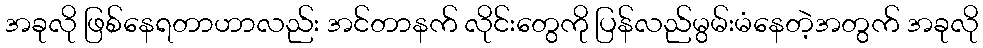
အခုလို ဖြစ်နေရတာဟာလည်း အင်တာနက် လိုင်းတွေကို ပြန်လည်မွမ်းမံနေတဲ့အတွက် အခုလို